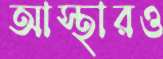
আস্থারও